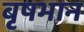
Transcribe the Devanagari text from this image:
बृषभान